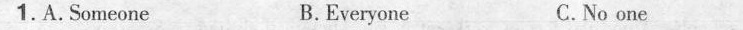
1. A. Someone B. Everyone C. No one